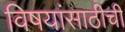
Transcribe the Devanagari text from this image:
विषयांसाठीची